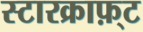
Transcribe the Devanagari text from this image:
स्टारक्राफ़्ट